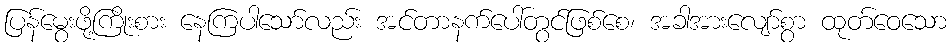
ပြန်မွေးဖို့ကြိုးစား နေကြပါသော်လည်း အင်တာနက်ပေါ်တွင်ဖြစ်စေ၊ အခါအားလျော်စွာ ထုတ်ဝေသော